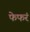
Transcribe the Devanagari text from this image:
फेफरं